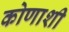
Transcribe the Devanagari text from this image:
कोणाशी